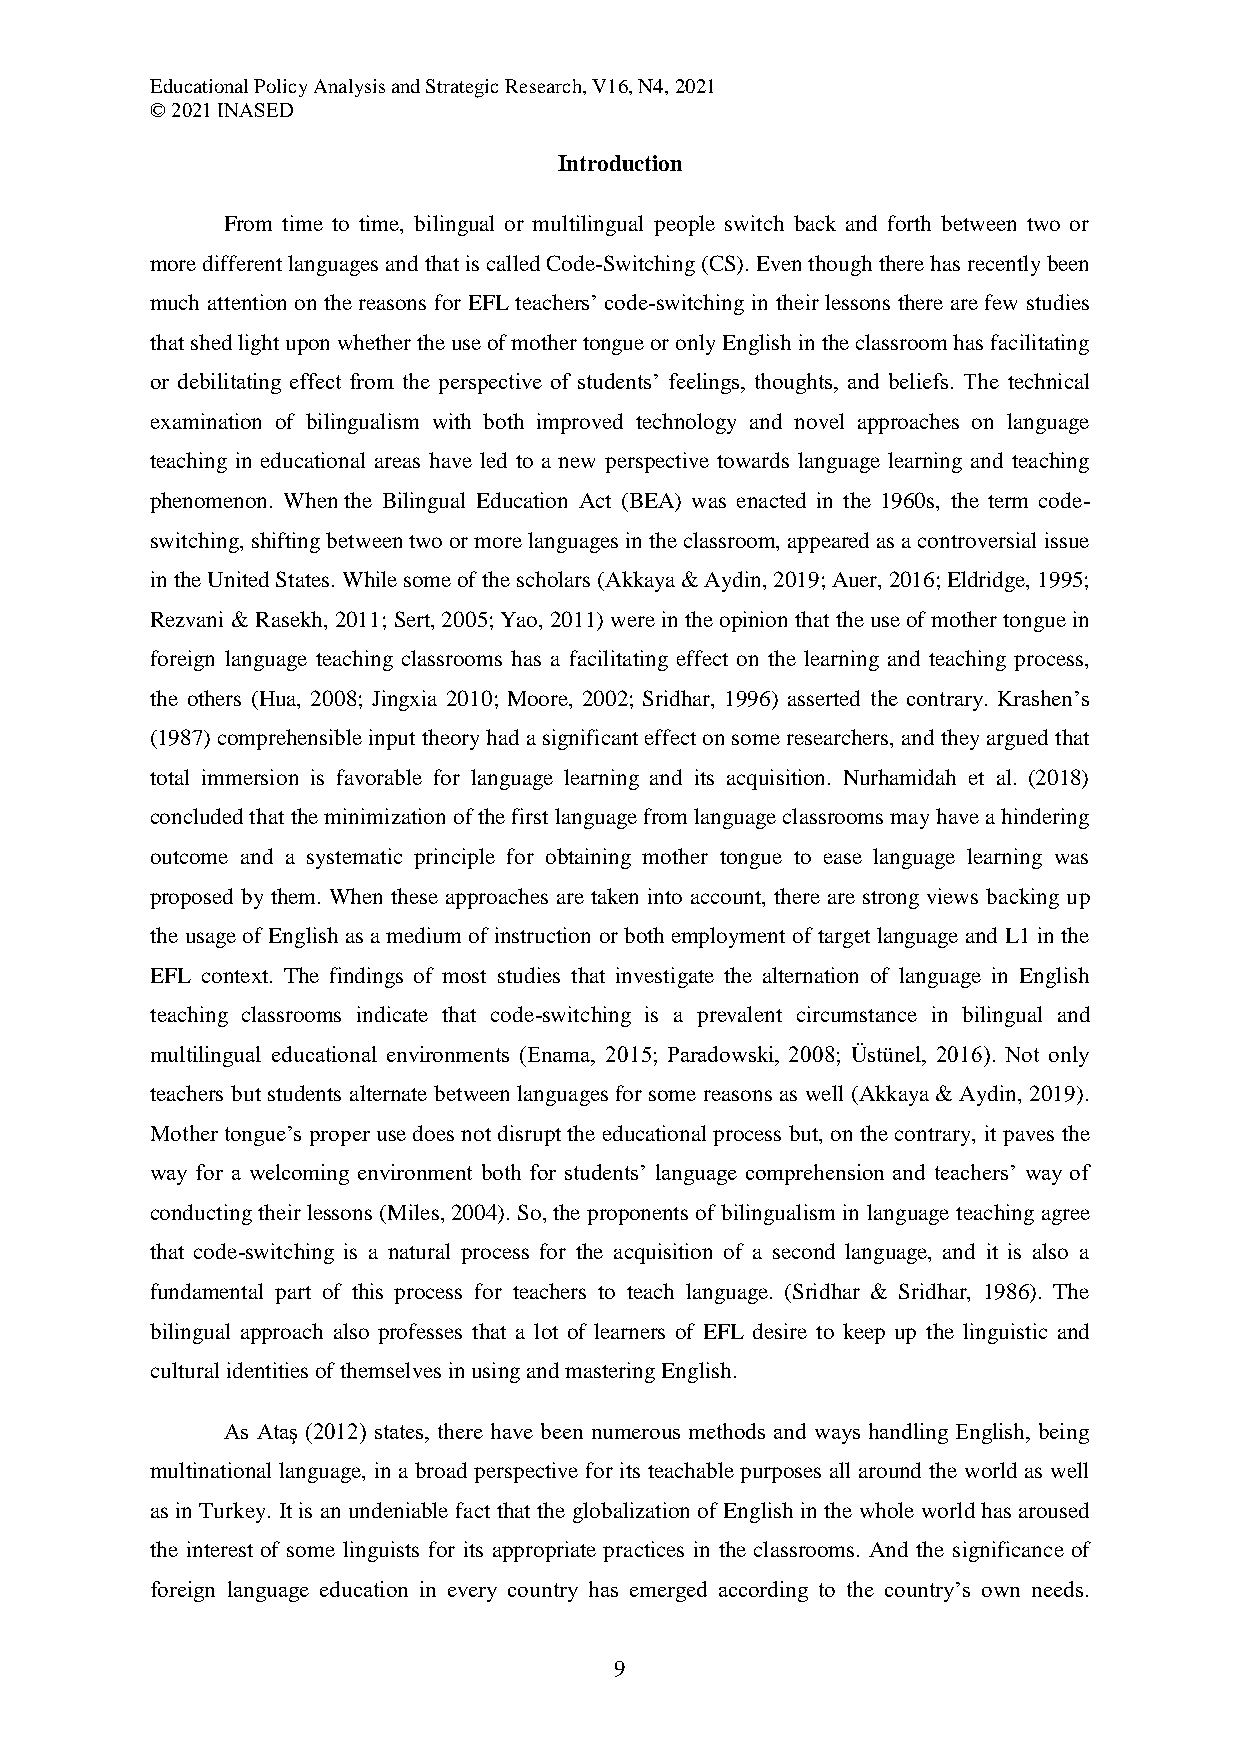
Educational Policy Analysis and Strategic Research, V16, N4, 2021
 © 2021 INASED
 Introduction
 From time to time, bilingual or multilingual people switch back and forth between two or
 more different languages and that is called Code-Switching (CS). Even though there has recently been
 much attention on the reasons for EFL teachers’ code-switching in their lessons there are few studies
 that shed light upon whether the use of mother tongue or only English in the classroom has facilitating
 or debilitating effect from the perspective of students’ feelings, thoughts, and beliefs. The technical
 examination of bilingualism with both improved technology and novel approaches on language
 teaching in educational areas have led to a new perspective towards language learning and teaching
 phenomenon. When the Bilingual Education Act (BEA) was enacted in the 1960s, the term code-
 switching, shifting between two or more languages in the classroom, appeared as a controversial issue
 in the United States. While some of the scholars (Akkaya & Aydin, 2019; Auer, 2016; Eldridge, 1995;
 Rezvani & Rasekh, 2011; Sert, 2005; Yao, 2011) were in the opinion that the use of mother tongue in
 foreign language teaching classrooms has a facilitating effect on the learning and teaching process,
 the others (Hua, 2008; Jingxia 2010; Moore, 2002; Sridhar, 1996) asserted the contrary. Krashen’s
 (1987) comprehensible input theory had a significant effect on some researchers, and they argued that
 total immersion is favorable for language learning and its acquisition. Nurhamidah et al. (2018)
 concluded that the minimization of the first language from language classrooms may have a hindering
 outcome and a systematic principle for obtaining mother tongue to ease language learning was
 proposed by them. When these approaches are taken into account, there are strong views backing up
 the usage of English as a medium of instruction or both employment of target language and L1 in the
 EFL context. The findings of most studies that investigate the alternation of language in English
 teaching classrooms indicate that code-switching is a prevalent circumstance in bilingual and
 multilingual educational environments (Enama, 2015; Paradowski, 2008; Üstünel, 2016). Not only
 teachers but students alternate between languages for some reasons as well (Akkaya & Aydin, 2019).
 Mother tongue’s proper use does not disrupt the educational process but, on the contrary, it paves the
 way for a welcoming environment both for students’ language comprehension and teachers’ way of
 conducting their lessons (Miles, 2004). So, the proponents of bilingualism in language teaching agree
 that code-switching is a natural process for the acquisition of a second language, and it is also a
 fundamental part of this process for teachers to teach language. (Sridhar & Sridhar, 1986). The
 bilingual approach also professes that a lot of learners of EFL desire to keep up the linguistic and
 cultural identities of themselves in using and mastering English.
 As Ataş (2012) states, there have been numerous methods and ways handling English, being
 multinational language, in a broad perspective for its teachable purposes all around the world as well
 as in Turkey. It is an undeniable fact that the globalization of English in the whole world has aroused
 the interest of some linguists for its appropriate practices in the classrooms. And the significance of
 foreign language education in every country has emerged according to the country’s own needs.
 9